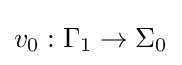
v_{0}:\Gamma _{1}\to \Sigma _{0}